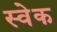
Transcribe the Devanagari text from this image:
स्वेक